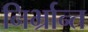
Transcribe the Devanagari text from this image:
निर्भ्रान्त